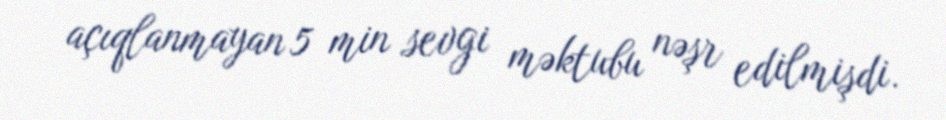
açıqlanmayan 5 min sevgi məktubu nəşr edilmişdi.